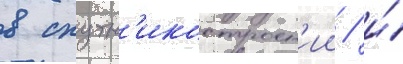
в спутн'икостроен'ии / и́